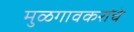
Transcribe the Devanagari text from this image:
मुळगावकरांचे